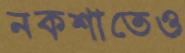
নকশাতেও